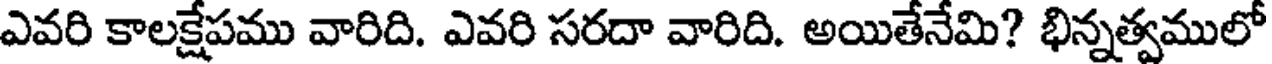
ఎవరి కాలక్షేపము వారిది. ఎవరి సరదా వారిది. అయితేనేమి? భిన్నత్వములో